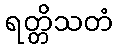
ရတ္တိသတံ